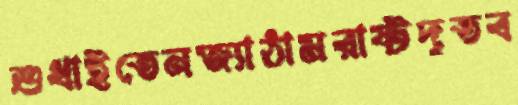
শুধাইতেনজ্যাঠামরাষ্টদূতব